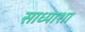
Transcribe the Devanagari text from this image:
साध्याशा